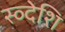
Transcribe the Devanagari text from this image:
स्व्देशि